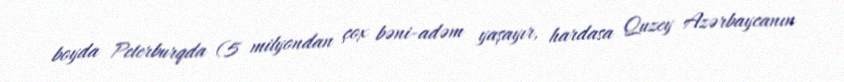
boyda Peterburqda (5 milyondan çox bəni-adəm yaşayır, hardasa Quzey Azərbaycanın